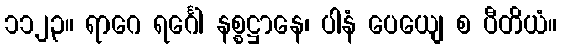
၁၁၂၃။ ရာဂေ ရင်္ဂေါ နစ္စဋ္ဌာနေ၊ ပါနံ ပေယျေ စ ပီတိယံ။